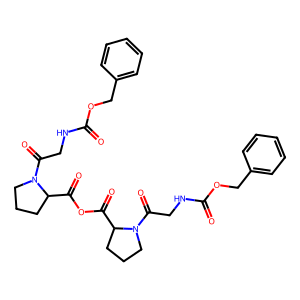
SMILES: O=C(NCC(=O)N1CCCC1C(=O)OC(=O)C1CCCN1C(=O)CNC(=O)OCc1ccccc1)OCc1ccccc1
Inhibits HIV replication: Yes